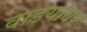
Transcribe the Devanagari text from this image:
वाडयांवर